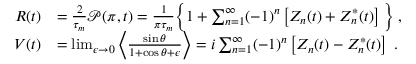
\begin{array} { r l } { R ( t ) } & { = \frac { 2 } { \tau _ { m } } \mathcal { P } ( \pi , t ) = \frac 1 { \pi \tau _ { m } } \Big \{ 1 + \sum _ { n = 1 } ^ { \infty } ( - 1 ) ^ { n } \left[ Z _ { n } ( t ) + Z _ { n } ^ { * } ( t ) \right] \Big \} \; , } \\ { V ( t ) } & { = \operatorname* { l i m } _ { \epsilon \to 0 } \left\langle \frac { \sin \theta } { 1 + \cos \theta + \epsilon } \right\rangle = i \sum _ { n = 1 } ^ { \infty } ( - 1 ) ^ { n } \left[ Z _ { n } ( t ) - Z _ { n } ^ { * } ( t ) \right] \; . } \end{array}